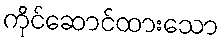
ကိုင်ဆောင်ထားသော